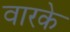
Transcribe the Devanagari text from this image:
वारके